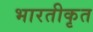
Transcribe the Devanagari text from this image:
भारतीकृत